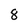
Character: 8